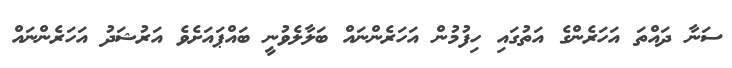
ސަނާ ދައްތަ އަހަރެންގެ އަތުގައި ހިފުމުން އަހަރެންނައް ބަލާލެވުނީ ބައްޕައަށެވެ އަރުޝަދު އަހަރެންނައް